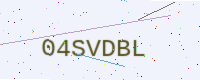
Text: 04SVDBL